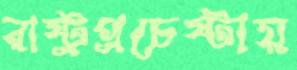
রাষ্ট্রপ্রচেষ্টায়